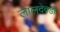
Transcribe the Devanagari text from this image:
लालदेवडी